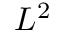
L ^ { 2 }